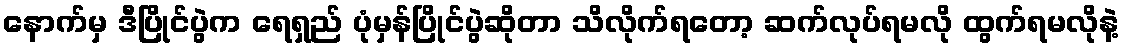
နောက်မှ ဒီပြိုင်ပွဲက ရေရှည် ပုံမှန်ပြိုင်ပွဲဆိုတာ သိလိုက်ရတော့ ဆက်လုပ်ရမလို ထွက်ရမလိုနဲ့